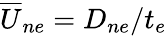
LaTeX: {\overline{{U}}}_{ne}=D_{ne}/t_{e}